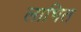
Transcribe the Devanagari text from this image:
लाभित